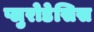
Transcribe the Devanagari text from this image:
प्लुरोडेसिस